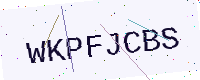
Text: WKPFJCBS